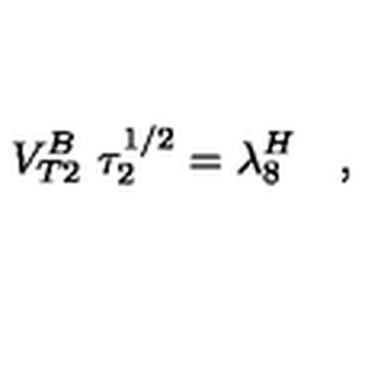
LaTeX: V _ { T 2 } ^ { B } \ \tau _ { 2 } ^ { 1 / 2 } = \lambda _ { 8 } ^ { H } \quad ,